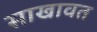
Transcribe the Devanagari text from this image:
साखावत